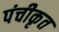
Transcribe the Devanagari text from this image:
पंचीकृत